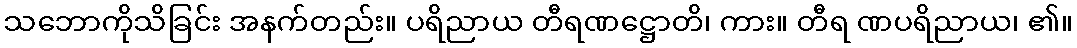
သဘောကိုသိခြင်း အနက်တည်း။ ပရိညာယ တီရဏဋ္ဌောတိ၊ ကား။ တီရ ဏပရိညာယ၊ ၏။